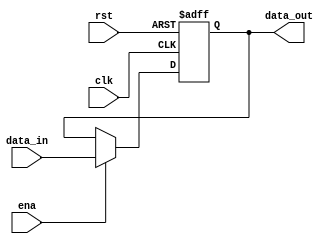
`timescale 1ns / 1ps
//////////////////////////////////////////////////////////////////////////////////
// Company: 
// Engineer: 
// 
// Design Name: 
// Module Name: pcreg
// Project Name: 
// Target Devices: 
// Tool Versions: 
// Description: 
// 
// Dependencies: 
// 
// Revision:
// Revision 0.01 - File Created
// Additional Comments:
// 
//////////////////////////////////////////////////////////////////////////////////


module PCReg(
    input clk,
    input rst,
    input ena,
    input [31:0] data_in,
    output reg [31:0] data_out
    );
    
    always @(posedge clk or posedge rst) begin
        if(rst) data_out <= 32'h00400000;
        else if(ena) data_out <= data_in;
        else data_out <= data_out;
    end
    
endmodule